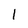
Character: 1